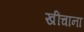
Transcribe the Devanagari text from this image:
खींचाना